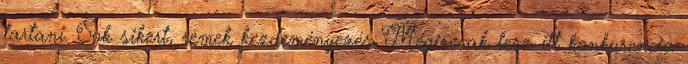
tartani. Sok sikert, remek kezdeményezés Mégiscsak lesz itt konkurencia